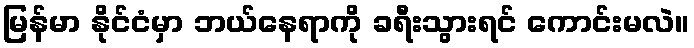
မြန်မာ နိုင်ငံမှာ ဘယ်နေရာကို ခရီးသွားရင် ကောင်းမလဲ။